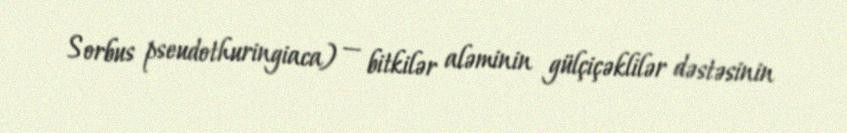
Sorbus pseudothuringiaca) — bitkilər aləminin gülçiçəklilər dəstəsinin